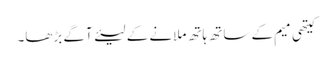
کیتھی میم کے ساتھ ہاتھ ملانے کے لیئے آگے بڑھا۔